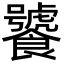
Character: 饕